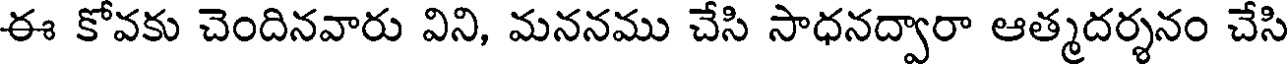
ఈ కోవకు చెందినవారు విని, మననము చేసి సాధనద్వారా ఆత్మదర్శనం చేసి